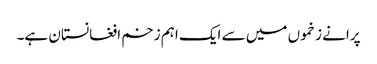
پرانے زخموں میں سے ایک اہم زخم افغانستان ہے۔